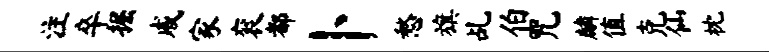
注卒掘戚家衮都卜愁旗乩伯咒麟值克仙枕